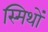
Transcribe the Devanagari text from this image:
स्मिथों